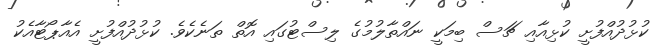
ކުޅުދުއްފުށީ ކުޅިއާއި ޗަސް ބިމަކީ ނައްތާލުމުގެ ލިސްޓުގައި އޮތް ތަނެކެވެ. ކުޅުދުއްފުށީ އެއާޕޯޓާއެކު